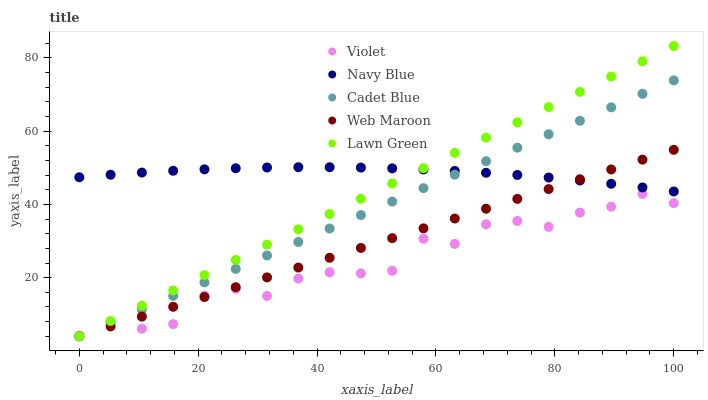
| xaxis_label | Violet | Navy Blue | Cadet Blue | Web Maroon | Lawn Green |
 | --- | --- | --- | --- | --- | --- |
 | 0 | 4 | 47.4 | 4 | 4 | 4 |
 | 5.26 | 7.83 | 48.1 | 7.68 | 6.68 | 8.17 |
 | 10.5 | 6.07 | 48.7 | 11.4 | 9.36 | 12.3 |
 | 15.8 | 7.32 | 49.2 | 15 | 12 | 16.5 |
 | 21.1 | 15.1 | 49.6 | 18.7 | 14.7 | 20.7 |
 | 26.3 | 17 | 49.9 | 22.4 | 17.4 | 24.9 |
 | 31.6 | 15 | 50.1 | 26.1 | 20.1 | 29 |
 | 36.8 | 19.8 | 50.2 | 29.7 | 22.8 | 33.2 |
 | 42.1 | 21.5 | 50.2 | 33.4 | 25.4 | 37.4 |
 | 47.4 | 21.2 | 50.1 | 37.1 | 28.1 | 41.5 |
 | 52.6 | 21.9 | 49.9 | 40.8 | 30.8 | 45.7 |
 | 57.9 | 30.6 | 49.6 | 44.5 | 33.5 | 49.9 |
 | 63.2 | 29.2 | 49.1 | 48.1 | 36.2 | 54.1 |
 | 68.4 | 34.6 | 48.6 | 51.8 | 38.8 | 58.2 |
 | 73.7 | 35.5 | 48 | 55.5 | 41.5 | 62.4 |
 | 78.9 | 33.9 | 47.3 | 59.2 | 44.2 | 66.6 |
 | 84.2 | 37.8 | 46.5 | 62.8 | 46.9 | 70.7 |
 | 89.5 | 39.4 | 45.6 | 66.5 | 49.6 | 74.9 |
 | 94.7 | 42.8 | 44.6 | 70.2 | 52.2 | 79.1 |
 | 100 | 40.4 | 43.5 | 73.9 | 54.9 | 83.3 |